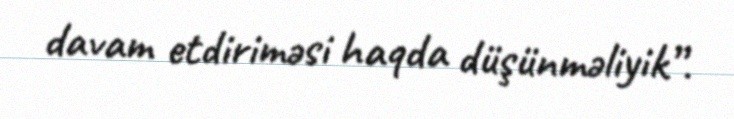
davam etdiriməsi haqda düşünməliyik”.